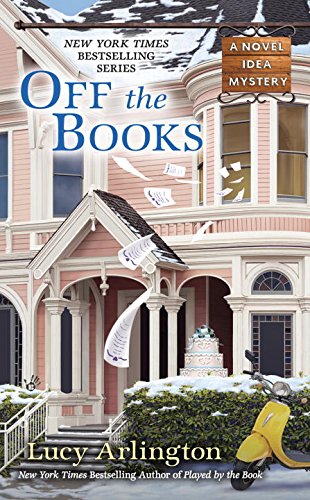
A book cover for Off the Books: A Novel Idea Mystery; Lucy Arlington; Mystery, Thriller & Suspense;